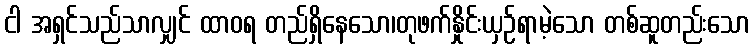
ငါ အရှင်သည်သာလျှင် ထာဝရ တည်ရှိနေသော၊တုဖက်နှိုင်းယှဉ်ရာမဲ့သော တစ်ဆူတည်းသော